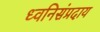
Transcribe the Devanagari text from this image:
ध्वनिसंप्रदाय